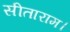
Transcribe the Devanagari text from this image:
सीताराम।